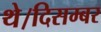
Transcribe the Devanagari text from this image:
थे।दिसम्बर